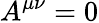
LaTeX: A^{\mu\nu}=0